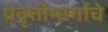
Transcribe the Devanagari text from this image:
प्रवृत्तीमार्गाचे